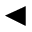
\blacktriangleleft